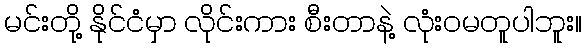
မင်းတို့ နိုင်ငံမှာ လိုင်းကား စီးတာနဲ့ လုံးဝမတူပါဘူး။